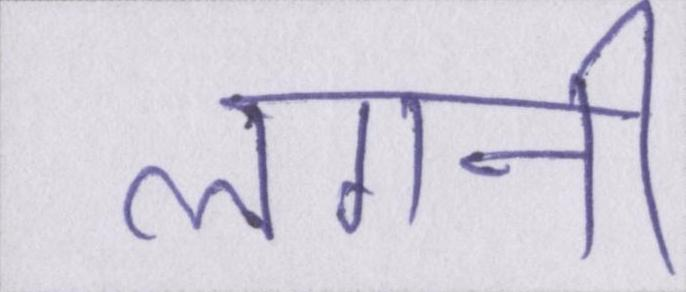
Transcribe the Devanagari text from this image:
लगनी